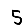
Digit: 5